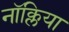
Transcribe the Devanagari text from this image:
नॉक्लिया